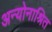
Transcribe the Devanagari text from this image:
अन्योनाश्रित